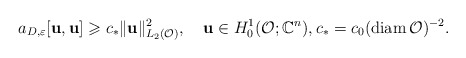
\begin{align*}a_{D,\varepsilon}[\mathbf{u},\mathbf{u}]\geqslant c_* \Vert \mathbf{u}\Vert ^2_{L_2(\mathcal{O})},\quad\mathbf{u}\in H^1_0(\mathcal{O};\mathbb{C}^n),c_*=c_0(\mathrm{diam}\,\mathcal{O})^{-2}.\end{align*}